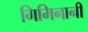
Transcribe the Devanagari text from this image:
गिमिनानी